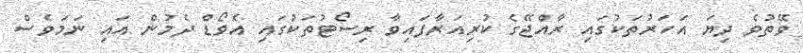
ވޭތުވެ ދިޔަ އަހަރުތަކުގައި ރާއްޖޭގެ ކުރިއަރާފައިވާ ރިސޯޓުތަކުގައި އެވޯޑް ދެމުން އައި ނަމަވެސް